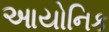
આયોનિક